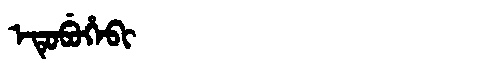
Manchu: ᡝᡨᡠᠪᡠᡥᡝᠪᡳ
Romanization: ETUBUHEBI